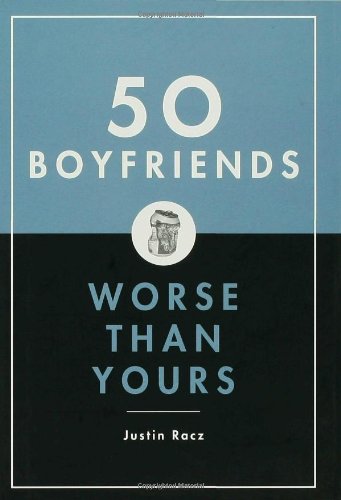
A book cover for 50 Boyfriends Worse Than Yours; Justin Racz; Self-Help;